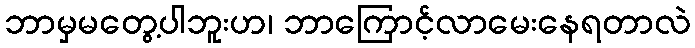
ဘာမှမတွေ့ပါဘူးဟ၊ ဘာကြောင့်လာမေးနေရတာလဲ